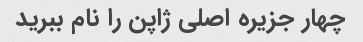
چهار جزیره اصلی ژاپن را نام ببرید